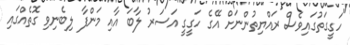
"ހަގީގަތުގައިވެސް ރައްޔިތުންނަށް އޭގެ ހަގީގީ އަސަރު ލާބަ އާއި މަންފާ ލިބެނިވި ގޮތެއްގައި